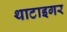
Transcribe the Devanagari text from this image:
थाटाइगर